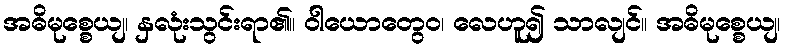
အဓိမုစ္စေယျ၊ နှလုံးသွင်းရာ၏။ ဝါယောတွေဝ၊ လေဟူ၍ သာလျင်။ အဓိမုစ္စေယျ၊